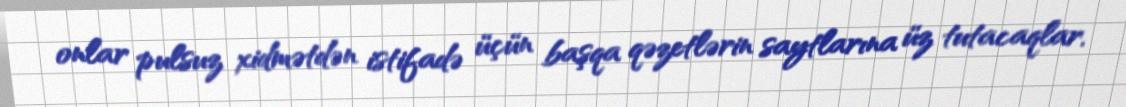
onlar pulsuz xidmətdən istifadə üçün başqa qəzetlərin saytlarına üz tutacaqlar.